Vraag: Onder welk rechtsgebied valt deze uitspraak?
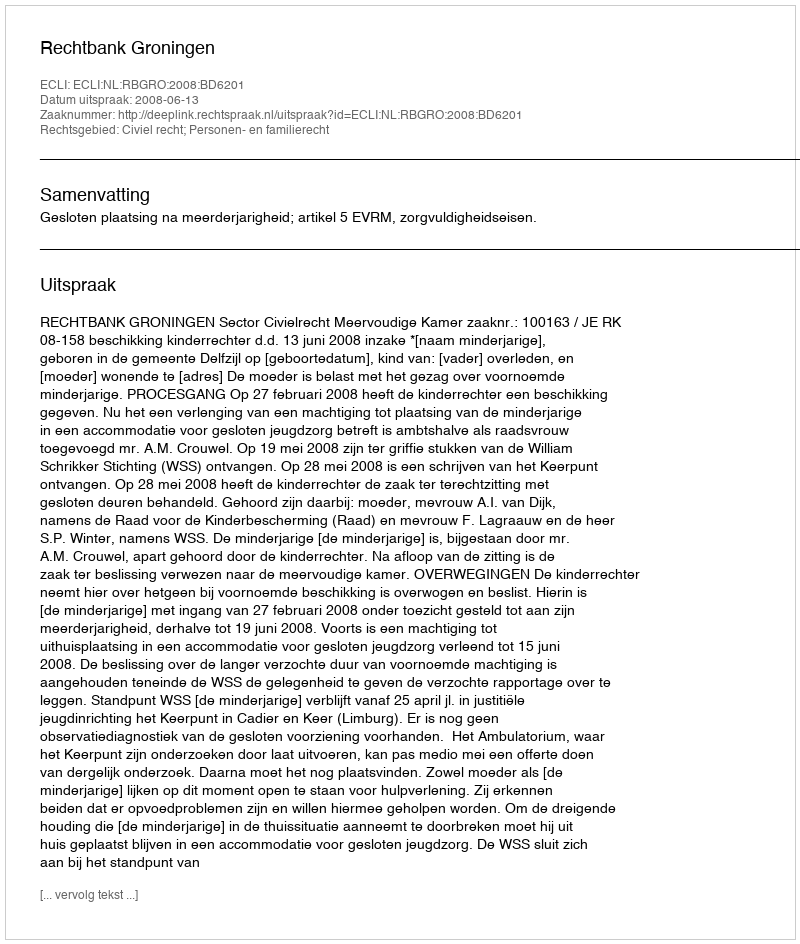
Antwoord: Civiel recht; Personen- en familierecht